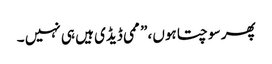
پھر سوچتا ہوں ،” ممی ڈیڈی ہیں ہی نہیں ۔